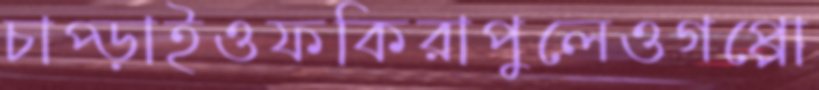
চাপ্‌ড়াইওফকিরাপুলেওগপ্পো